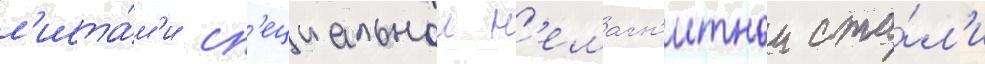
л'иста́м'и сп'ециальнои н'емагн'итнои ста́л'и